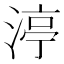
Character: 渟